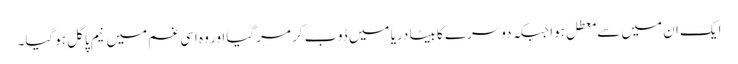
ایک ان میں سے معطل ہوا جبکہ دوسرے کا بیٹا دریا میں ڈوب کر مرگیا اور وہ اسی غم میں نیم پاگل ہوگیا۔